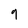
Character: 9